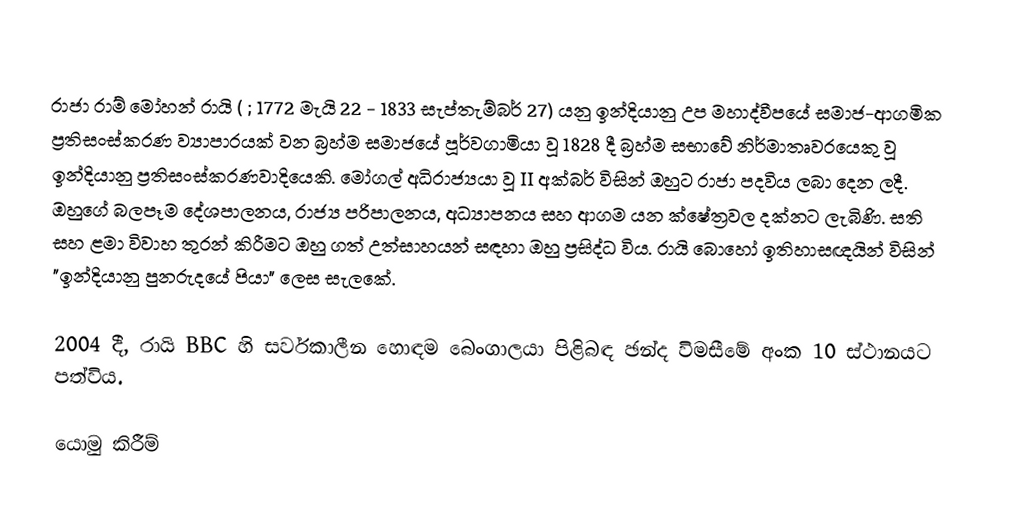
රාජා රාම් මෝහන් රායි  (    ; 1772  මැයි 22 - 1833 සැප්තැම්බර් 27) යනු ඉන්දියානු උප මහාද්වීපයේ සමාජ-ආගමික ප්‍රතිසංස්කරණ ව්‍යාපාරයක් වන බ්‍රහ්ම සමාජයේ පූර්වගාමියා වූ 1828 දී බ්‍රහ්ම සභාවේ නිර්මාතෘවරයෙකු වූ ඉන්දියානු ප්‍රතිසංස්කරණවාදියෙකි. මෝගල් අධිරාජ්‍යයා වූ II අක්බර් විසින් ඔහුට රාජා පදවිය ලබා දෙන ලදී. ඔහුගේ බලපෑම දේශපාලනය, රාජ්‍ය පරිපාලනය, අධ්‍යාපනය සහ ආගම යන ක්ෂේත්‍රවල දක්නට ලැබිණි. සති සහ ළමා විවාහ තුරන් කිරීමට ඔහු ගත් උත්සාහයන් සඳහා ඔහු ප්‍රසිද්ධ විය. රායි බොහෝ ඉතිහාසඥයින් විසින් "ඉන්දියානු පුනරුදයේ පියා" ලෙස සැලකේ.

2004 දී, රායි BBC හි සර්වකාලීන හොඳම බෙංගාලයා පිළිබඳ ඡන්ද විමසීමේ අංක 10 ස්ථානයට පත්විය.

යොමු කිරීම්